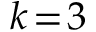
k \! = \! 3